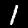
Digit: 1